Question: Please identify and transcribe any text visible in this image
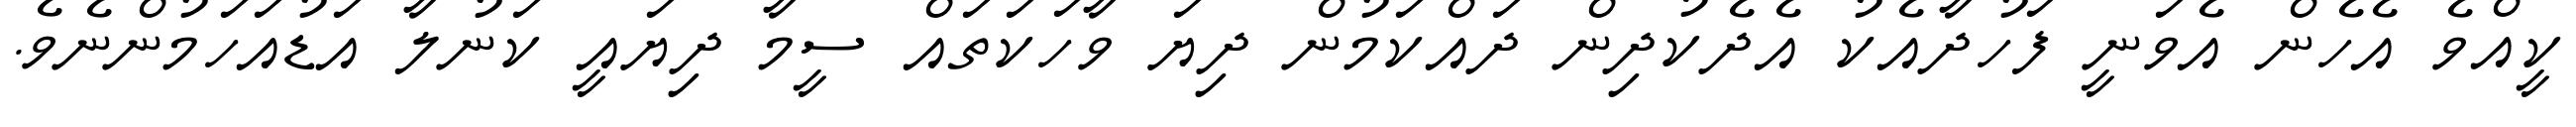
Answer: ކީއްވެ އެހެން އެވަނީ ފަހުދާއެކު އެދެކުދިން ދައްކަމުން ދިޔަ ވާހަކަތައް ސީމާ ދިޔައީ ކަނުލާ އަޑުއަހަމުންނެވެ.